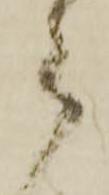
被